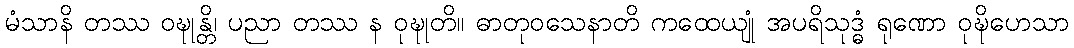
မံသာနိ တဿ ဝဍ္ဎုန္တိ၊ ပညာ တဿ န ဝုဍ္ဎုတိ။ ဓာတုဝသေနာတိ ကထေယျုံ အပရိသုဒ္ဓံ ရုဏော ဝုဍ္ဎိဟေသာ